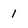
Character: 1